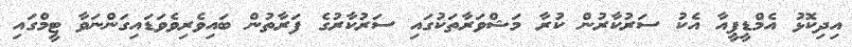
އިދިކޮޅު އެމްޑީޕީއާ އެކު ސަރުކާރުން ކުރާ މަޝްވަރާތަކުގައި ސަރުކާރުގެ ފަރާތުން ބައިވެރިވެވަޑައިގަންނަވާ ޓީމްގައި